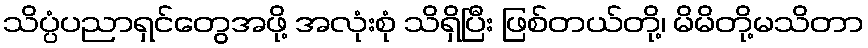
သိပ္ပံပညာရှင်တွေအဖို့ အလုံးစုံ သိရှိပြီး ဖြစ်တယ်တို့၊ မိမိတို့မသိတာ